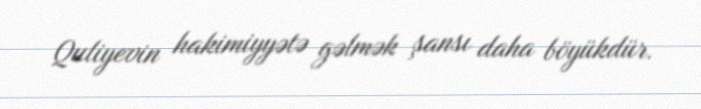
Quliyevin hakimiyyətə gəlmək şansı daha böyükdür.